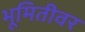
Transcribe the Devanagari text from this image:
भूमितीवर